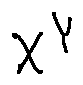
X ^ { Y }